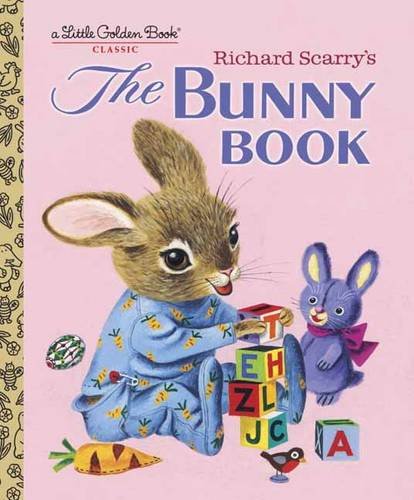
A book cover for Richard Scarry's The Bunny Book (Little Golden Book); Patsy Scarry; Children's Books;